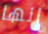
إنها